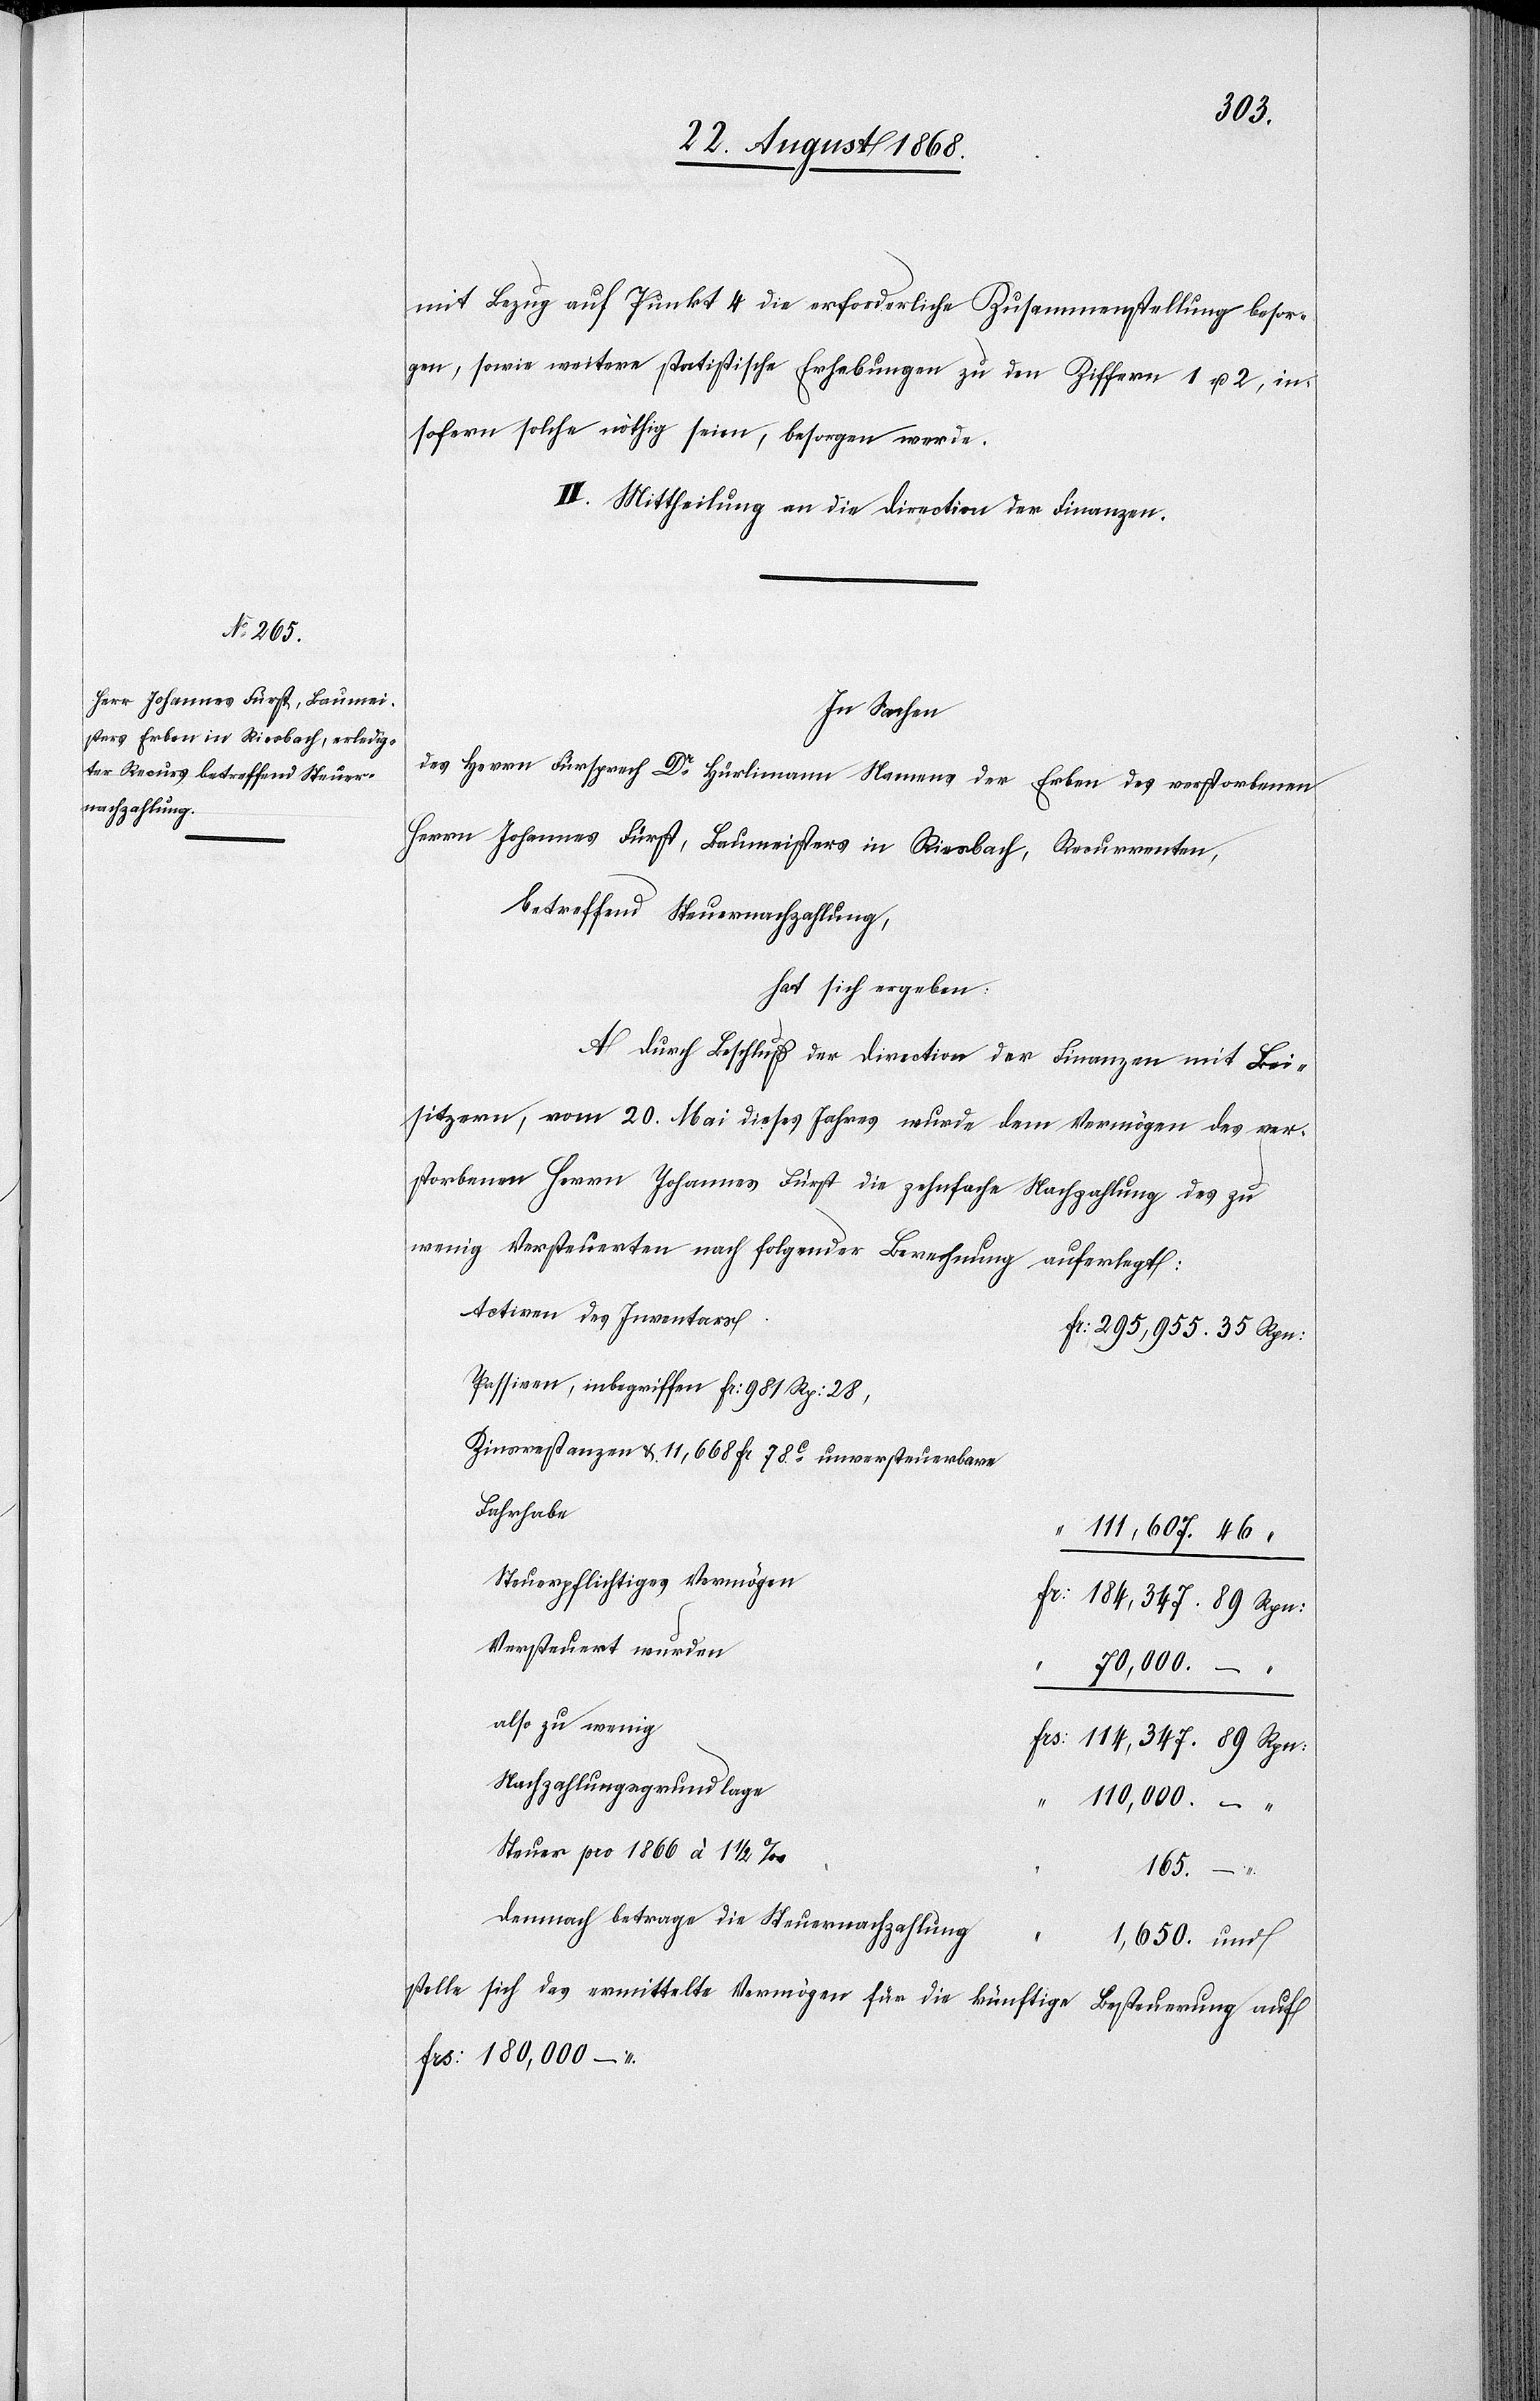
mit Bezug auf Punkt 4 die erforderliche Zusammenstellung besor¬
gen, sowie weitere statistische Erhebungen zu den Ziffern 1 u. 2, in¬
sofern solche nöthig seien, besorgen werde.
II. Mittheilung an die Direction der Finanzen.
In Sachen
des Herrn Fürsprech Dr Hürlimann Namens der Erben des verstorbenen
Herrn Johannes Fürst, Baumeisters in Riesbach, Recurrenten,
betreffend Steuernachzahlung,
hat sich ergeben:
A. Durch Beschluß der Direction der Finanzen mit Bei¬
sitzern, vom 20. Mai dieses Jahres wurde dem Vermögen des ver¬
storbenen Herrn Johannes Fürst die zehnfache Nachzahlung des zu
wenig Versteuerten nach folgender Berechnung auferlegt:
Activen des Inventars
Fr: 295,955. 35 Rpn:
Passiven, inbegriffen Fr: 981 Rp: 28,
Zinsrestanzen & 11,668 Fr 78C unversteuerbare
Fahrhabe
“ 111,607. 46
Steuerpflichtiges Vermögen
Fr: 184,347. 89 Rpn:
Versteuert wurden
70,000. –
also zu wenig
Frs: 114,347. 89 Rpn:
Nachzahlungsgrundlage
110,000. – “
Steuer pro 1866 à 1 1/2
165.
Demnach betrage die Steuernachzahlung
1,650. und
stelle sich das ermittelte Vermögen für die künftige Besteuerung auf
Frs: 180,000 –